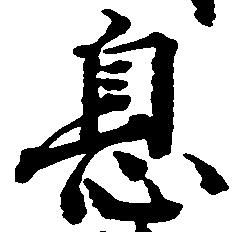
息